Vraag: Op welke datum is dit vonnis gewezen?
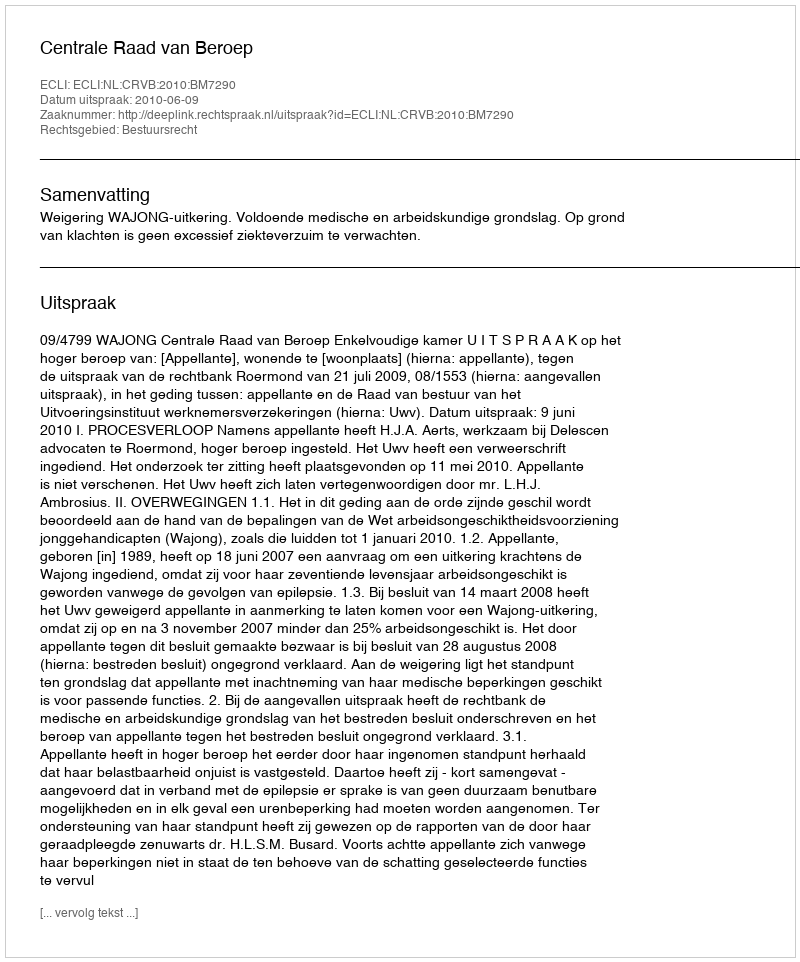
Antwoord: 2010-06-09